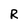
Character: R